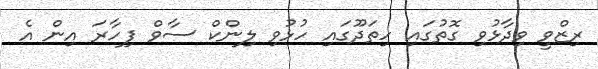
ރިޒްވީ ވިދާޅުވި ގޮތުގައި ހިތަދޫގައި ހުޅުވި ލިންކް ސާވް ފިހާރަ އިން އެ